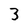
Character: 3